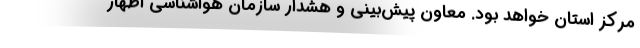
مرکز استان خواهد بود. معاون پیش‌بینی و هشدار سازمان هواشناسی اظهار